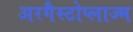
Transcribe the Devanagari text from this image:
अरगैस्टोप्लाज्म